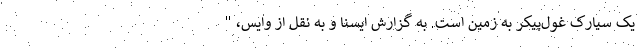
یک سیارک غول‌پیکر به زمین است. به گزارش ایسنا و به نقل از وایس، "